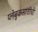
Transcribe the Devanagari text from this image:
प्लेबुकसाठीची